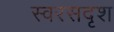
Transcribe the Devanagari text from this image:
स्वरसदृश